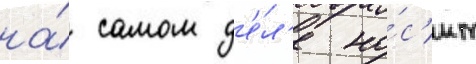
на́ самом д'е́л'е но́с'ит